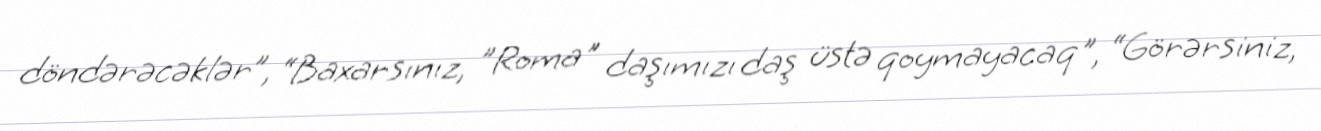
döndərəcəklər”, “Baxarsınız, ”Roma" daşımızı daş üstə qoymayacaq", “Görərsiniz,